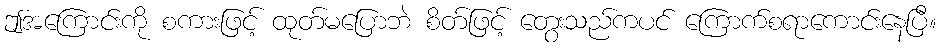
ဤအကြောင်းကို စကားဖြင့် ထုတ်မပြောဘဲ စိတ်ဖြင့် တွေးသည်ကပင် ကြောက်စရာကောင်းနေပြီ။